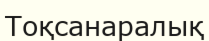
Тоқсанаралық